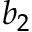
b _ { 2 }